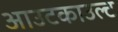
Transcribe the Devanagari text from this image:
आउटकाउल्ट